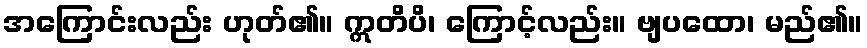
အကြောင်းလည်း ဟုတ်၏။ ဣတိပိ၊ ကြောင့်လည်း။ ဗျပထော၊ မည်၏။